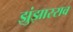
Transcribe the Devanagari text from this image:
झुंझारराव